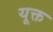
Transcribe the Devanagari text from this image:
यूक्त